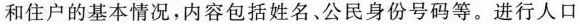
和住户的基本情况，内容包括姓名、公民身份号码等。进行人口